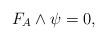
LaTeX: \begin{align*}F_{A} \wedge \psi = 0,\end{align*}